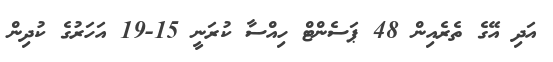
އަދި އޭގެ ތެރެއިން 48 ޕަސެންޓް ހިއްސާ ކުރަނީ 15-19 އަހަރުގެ ކުދިން